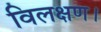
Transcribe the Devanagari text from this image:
विलक्षण।